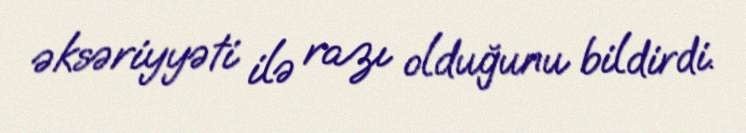
əksəriyyəti ilə razı olduğunu bildirdi.